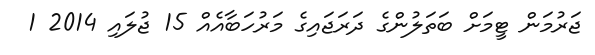
ޖަރުމަން ޓީމަށް ބަތަލުންގެ ދަރަޖައިގެ މަރުހަބާއެއް 15 ޖުލައި 2014 1